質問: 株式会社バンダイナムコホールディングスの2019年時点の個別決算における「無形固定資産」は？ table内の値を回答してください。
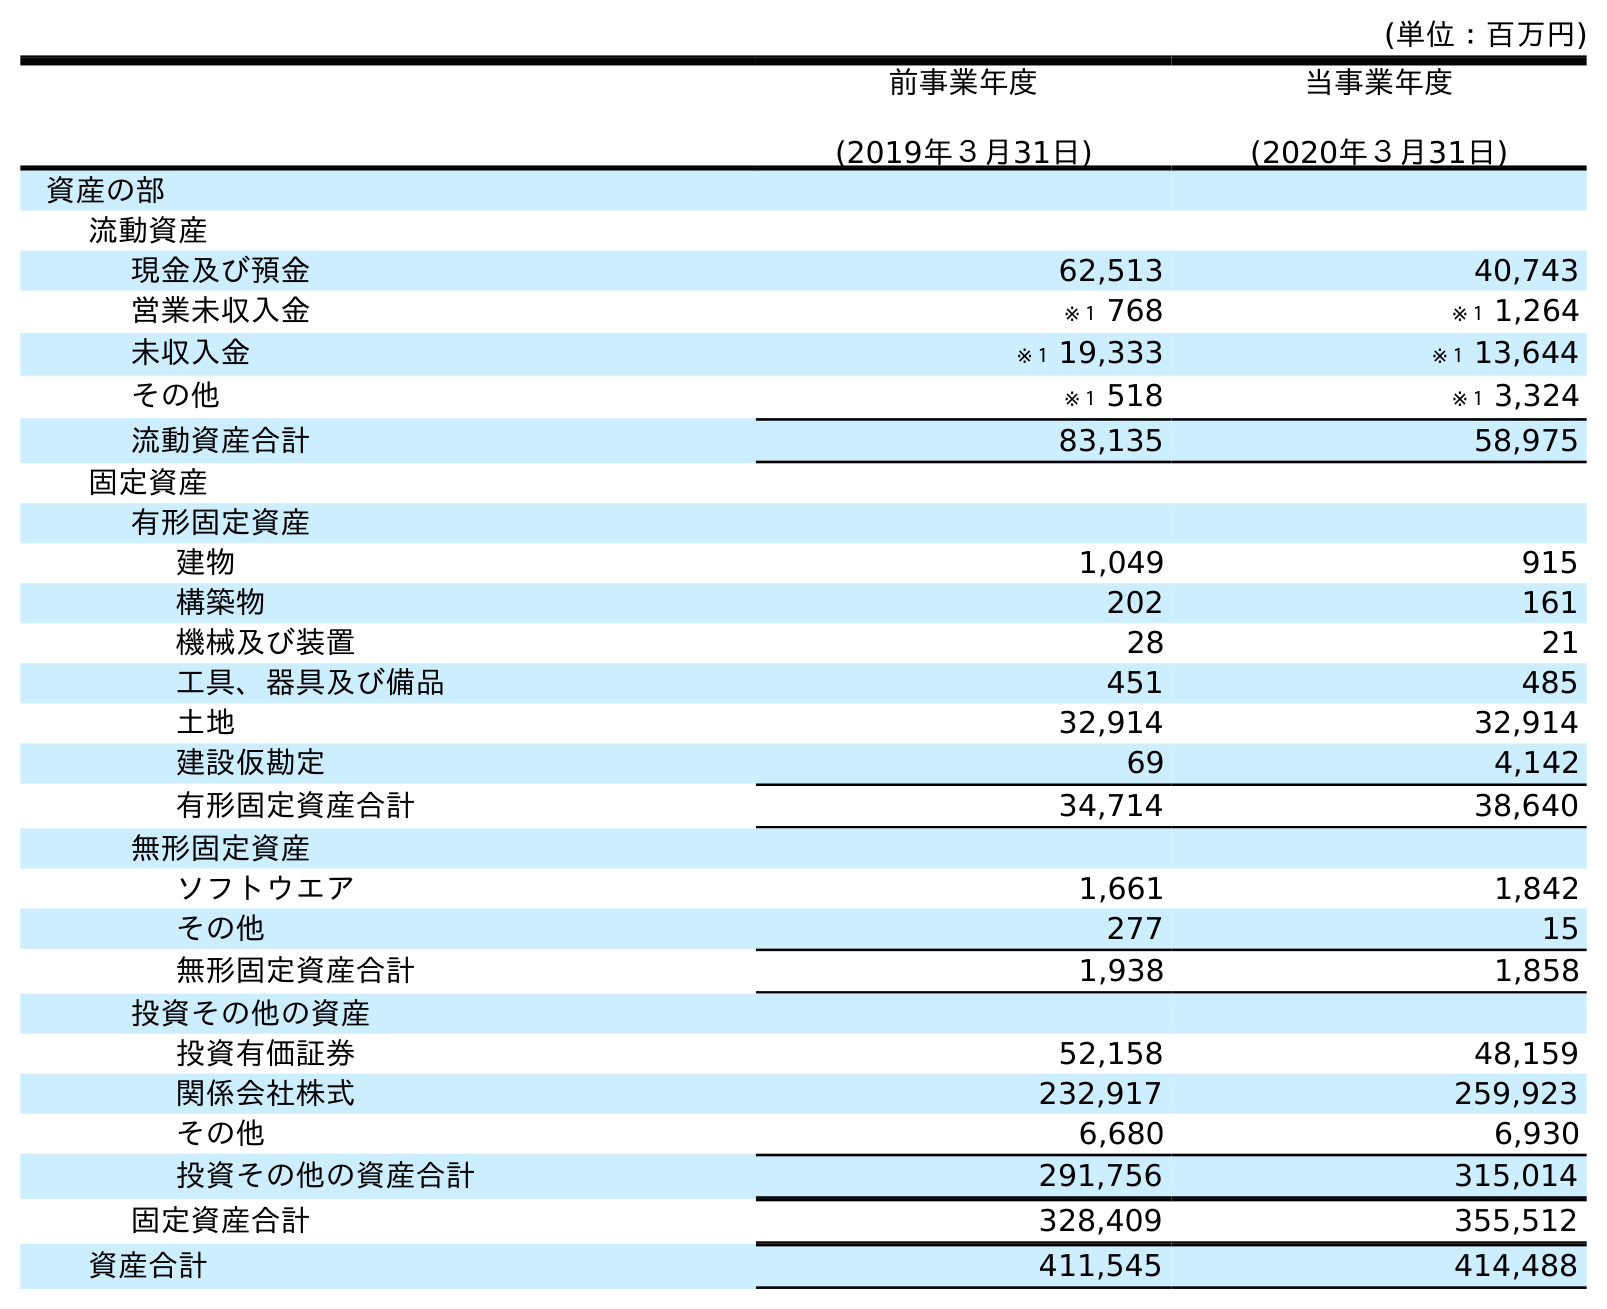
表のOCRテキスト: (単位：百万円) 前事業年度 (2019年３月31日) 当事業年度 (2020年３月31日) 資産の部 流動資産 現金及び預金 62,513 40,743 営業未収入金 ※１ 768 ※１ 1,264 未収入金 ※１ 19,333 ※１ 13,644 その他 ※１ 518 ※１ 3,324 流動資産合計 83,135 58,975 固定資産 有形固定資産 建物 1,049 915 構築物 202 161 機械及び装置 28 21 工具、器具及び備品 451 485 土地 32,914 32,914 建設仮勘定 69 4,142 有形固定資産合計 34,714 38,640 無形固定資産 ソフトウエア 1,661 1,842 その他 277 15 無形固定資産合計 1,938 1,858 投資その他の資産 投資有価証券 52,158 48,159 関係会社株式 232,917 259,923 その他 6,680 6,930 投資その他の資産合計 291,756 315,014 固定資産合計 328,409 355,512 資産合計 411,545 414,488
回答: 1,938